Emmaste_vallavalitsus, lk 21
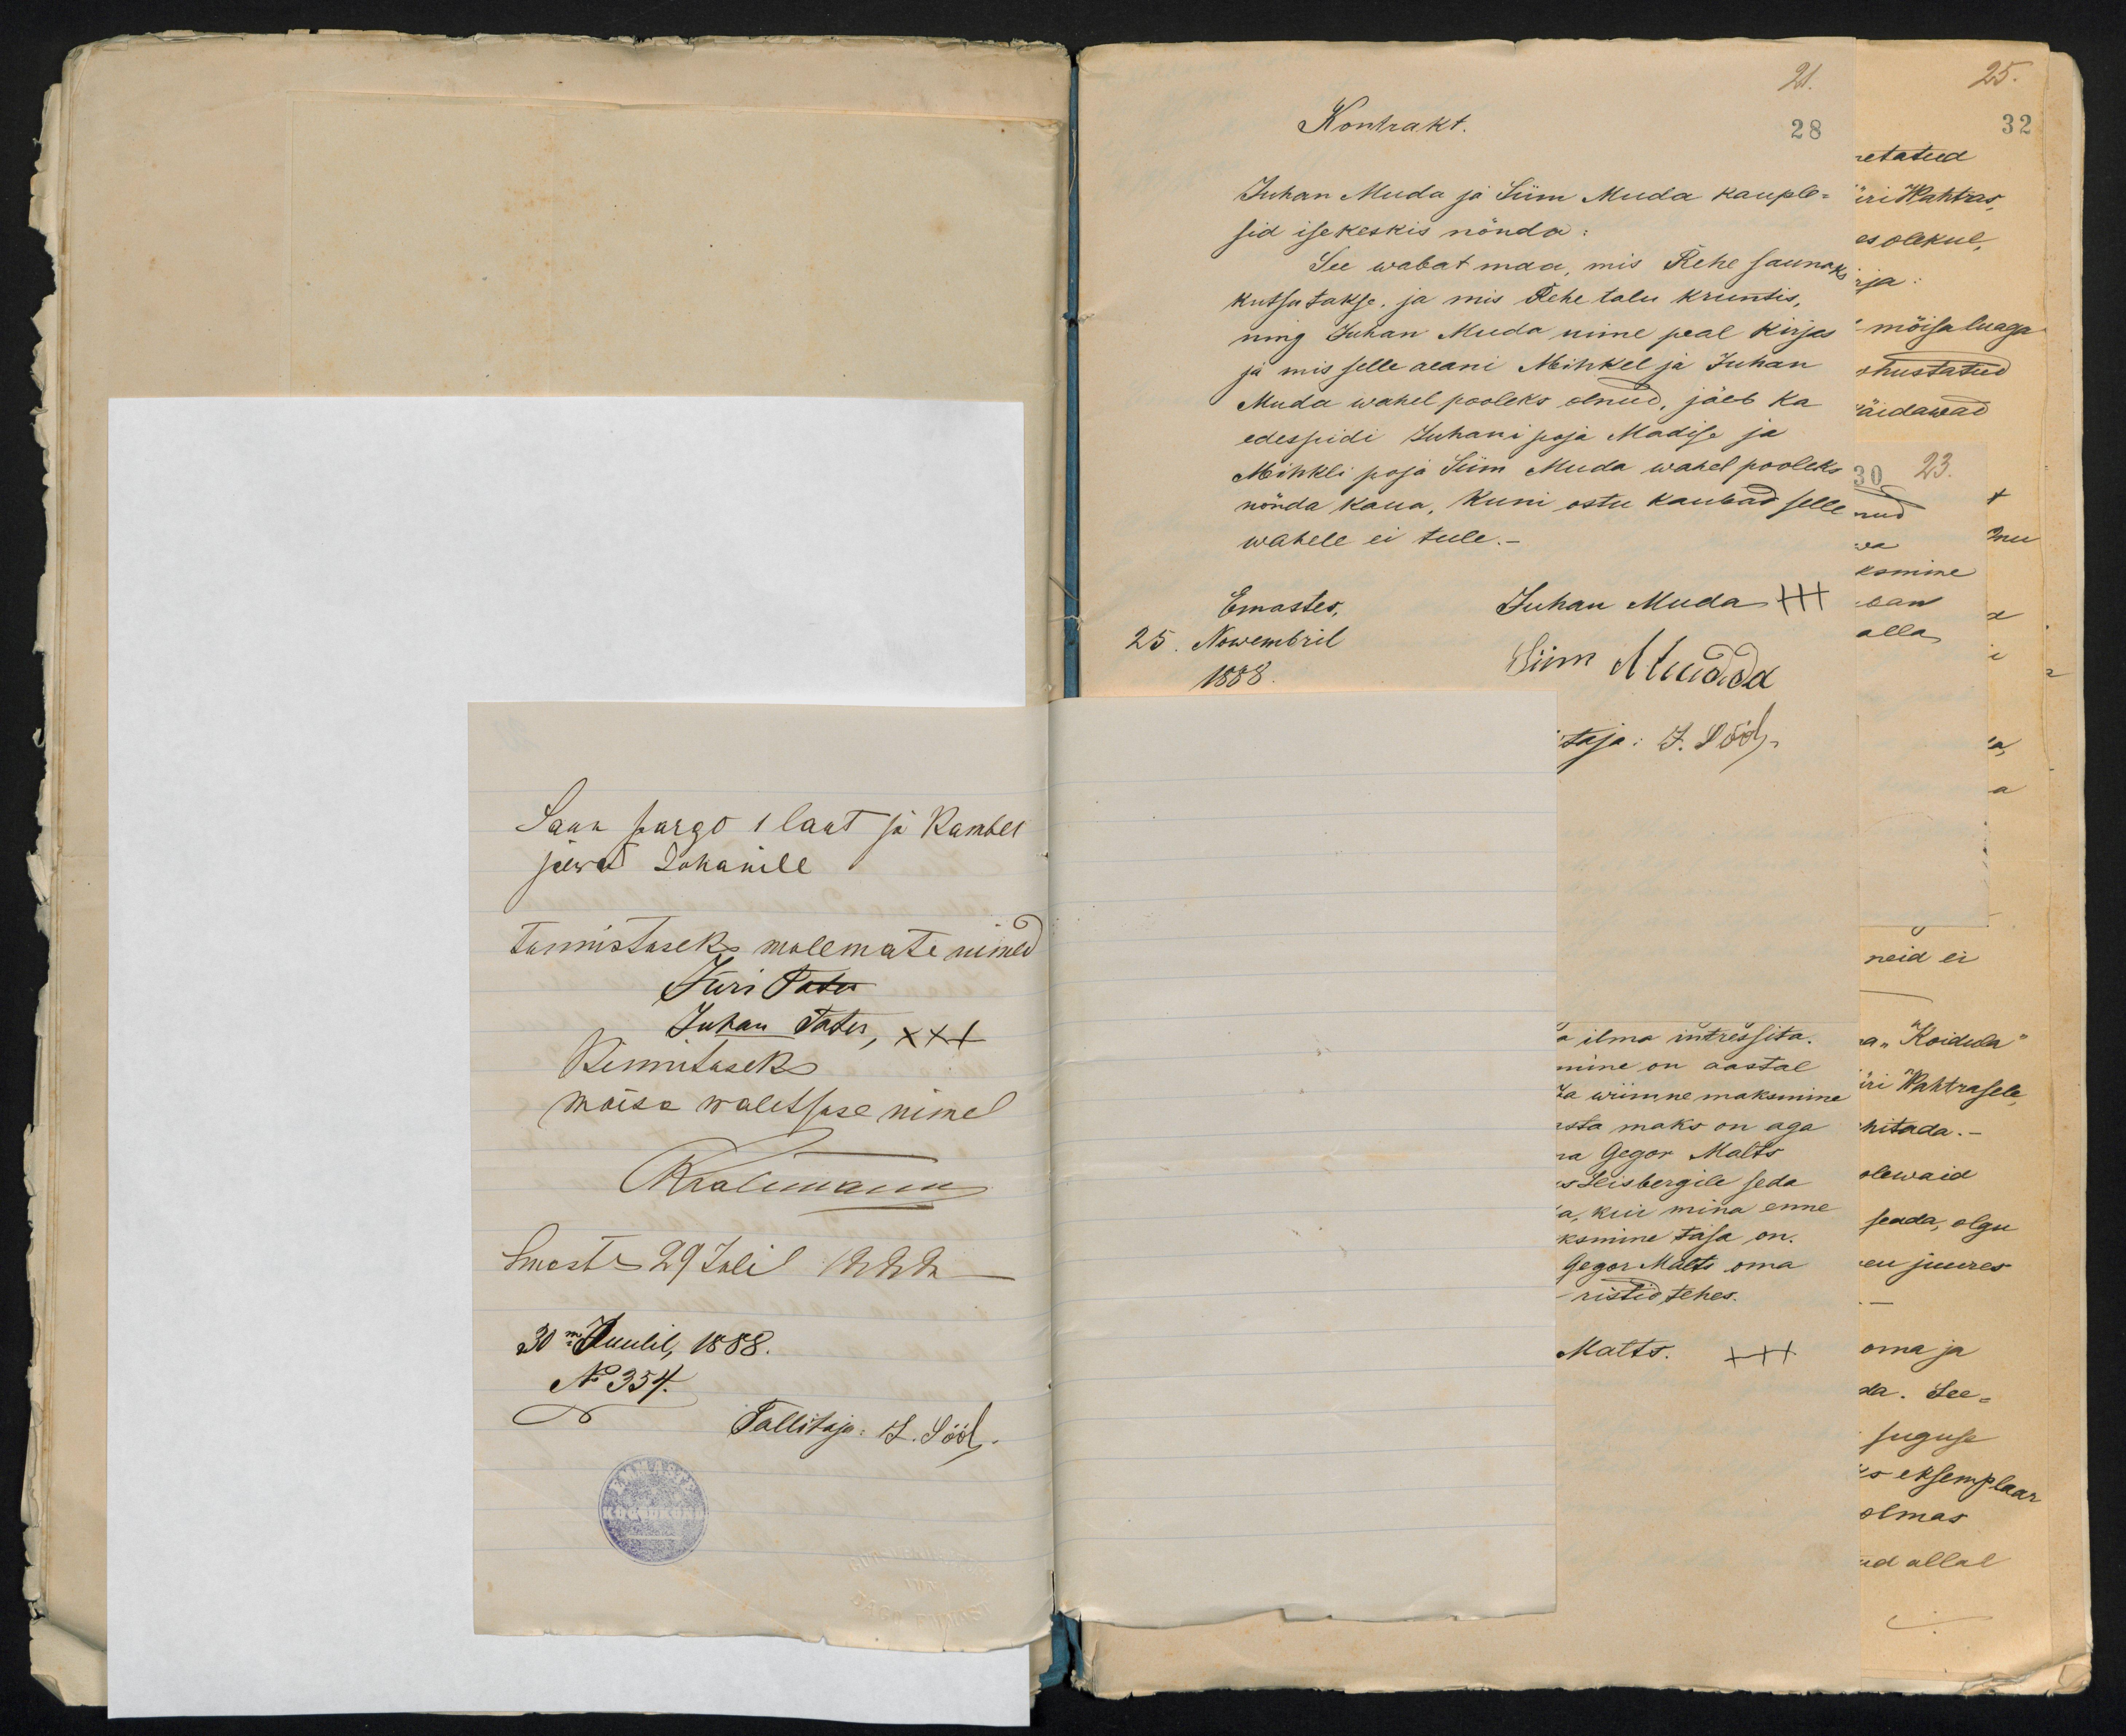
Saun pargo 1 laut ja kamber
jäewad Johannile
tunnistuseks mõlemate nimed
Jüri Patu
Juhan Tates, xx+
Kinnituseks
mõisa walitsuse nimel
Kralumann
Emasts 29 Julil 1922a
30mal Juulil, 1888a
No 354.
Tallitaja: L. Sööl